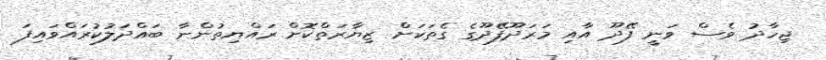
ޖިހާދު ވެސް ވަނީ ފޭދޫ އާއި މަރަދޫފޭދޫގެ ގެތަކަށް ޒިޔާރަތްކޮށް ރައްޔިތުންނާ ބައްދަލުކުރައްވައިފަ